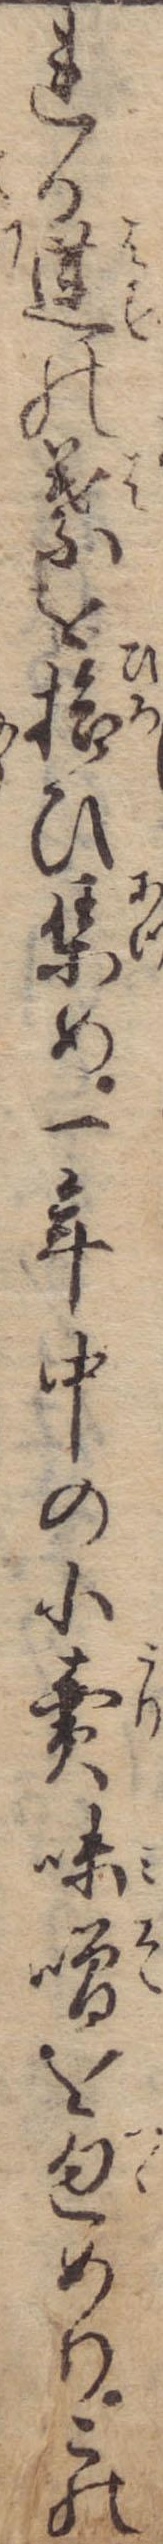
れる蓮の葉を拾ひ集め一年中の小売味噌を包めりこの